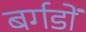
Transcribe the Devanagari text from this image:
बर्गडों